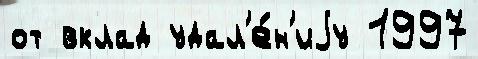
от вклад удал'е́н'иjу 1997